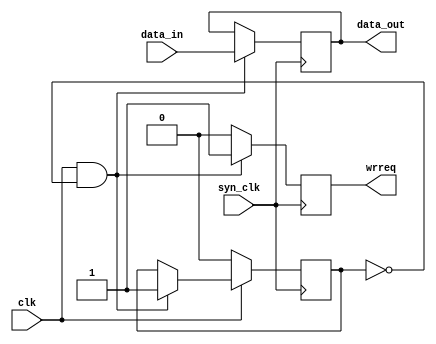
module syn_block(
	input wire clk, syn_clk,
	input wire [3:0] data_in,
	output reg wrreq,
	output reg [3:0] data_out
	);
	
reg lock=1'b0;
 
always @(posedge syn_clk) 
begin 
	if (clk==1'b1&&lock==1'b0) begin
		wrreq<=1'b1;
		data_out<=data_in;
		lock<=1'b1;
	end
	else wrreq<=1'b0;
	
	if (clk == 1'b0)
			lock<=1'b0;
end 
endmodule